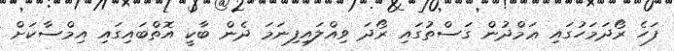
ފަހެ ރޯދަމަހުގައި ޢަމްދުން ގަސްތުގައި ރޯދަ ވިއްލައިފިނަމަ ދެން ބާކީ އޮތްބައިގައި އިމްސާކަށް